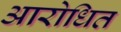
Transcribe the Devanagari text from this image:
आरोधित